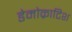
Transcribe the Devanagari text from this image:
डेमोक्राटिश